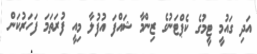
އަދި ގައުމީ ޓީމުގެ ކެޕްޓަނުގެ ޒިންމާ ޝައްފަ އުފުލާ މިއީ ފުރަތަމަ ފަހަރުކަން